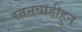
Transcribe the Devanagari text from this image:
रतनवाडीहुन